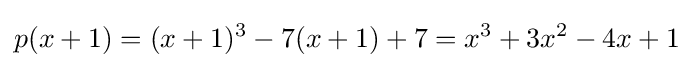
p(x+1)=(x+1)^{3}-7(x+1)+7=x^{3}+3x^{2}-4x+1